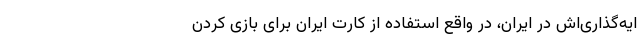
ایه‌گذاری‌اش در ایران، در واقع استفاده از کارت ایران برای بازی کردن